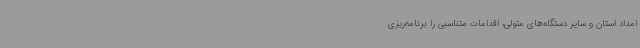
امداد استان و سایر دستگاه‌های متولی، اقدامات متناسبی را برنامه‌ریزی